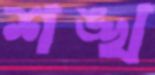
শঙ্খ